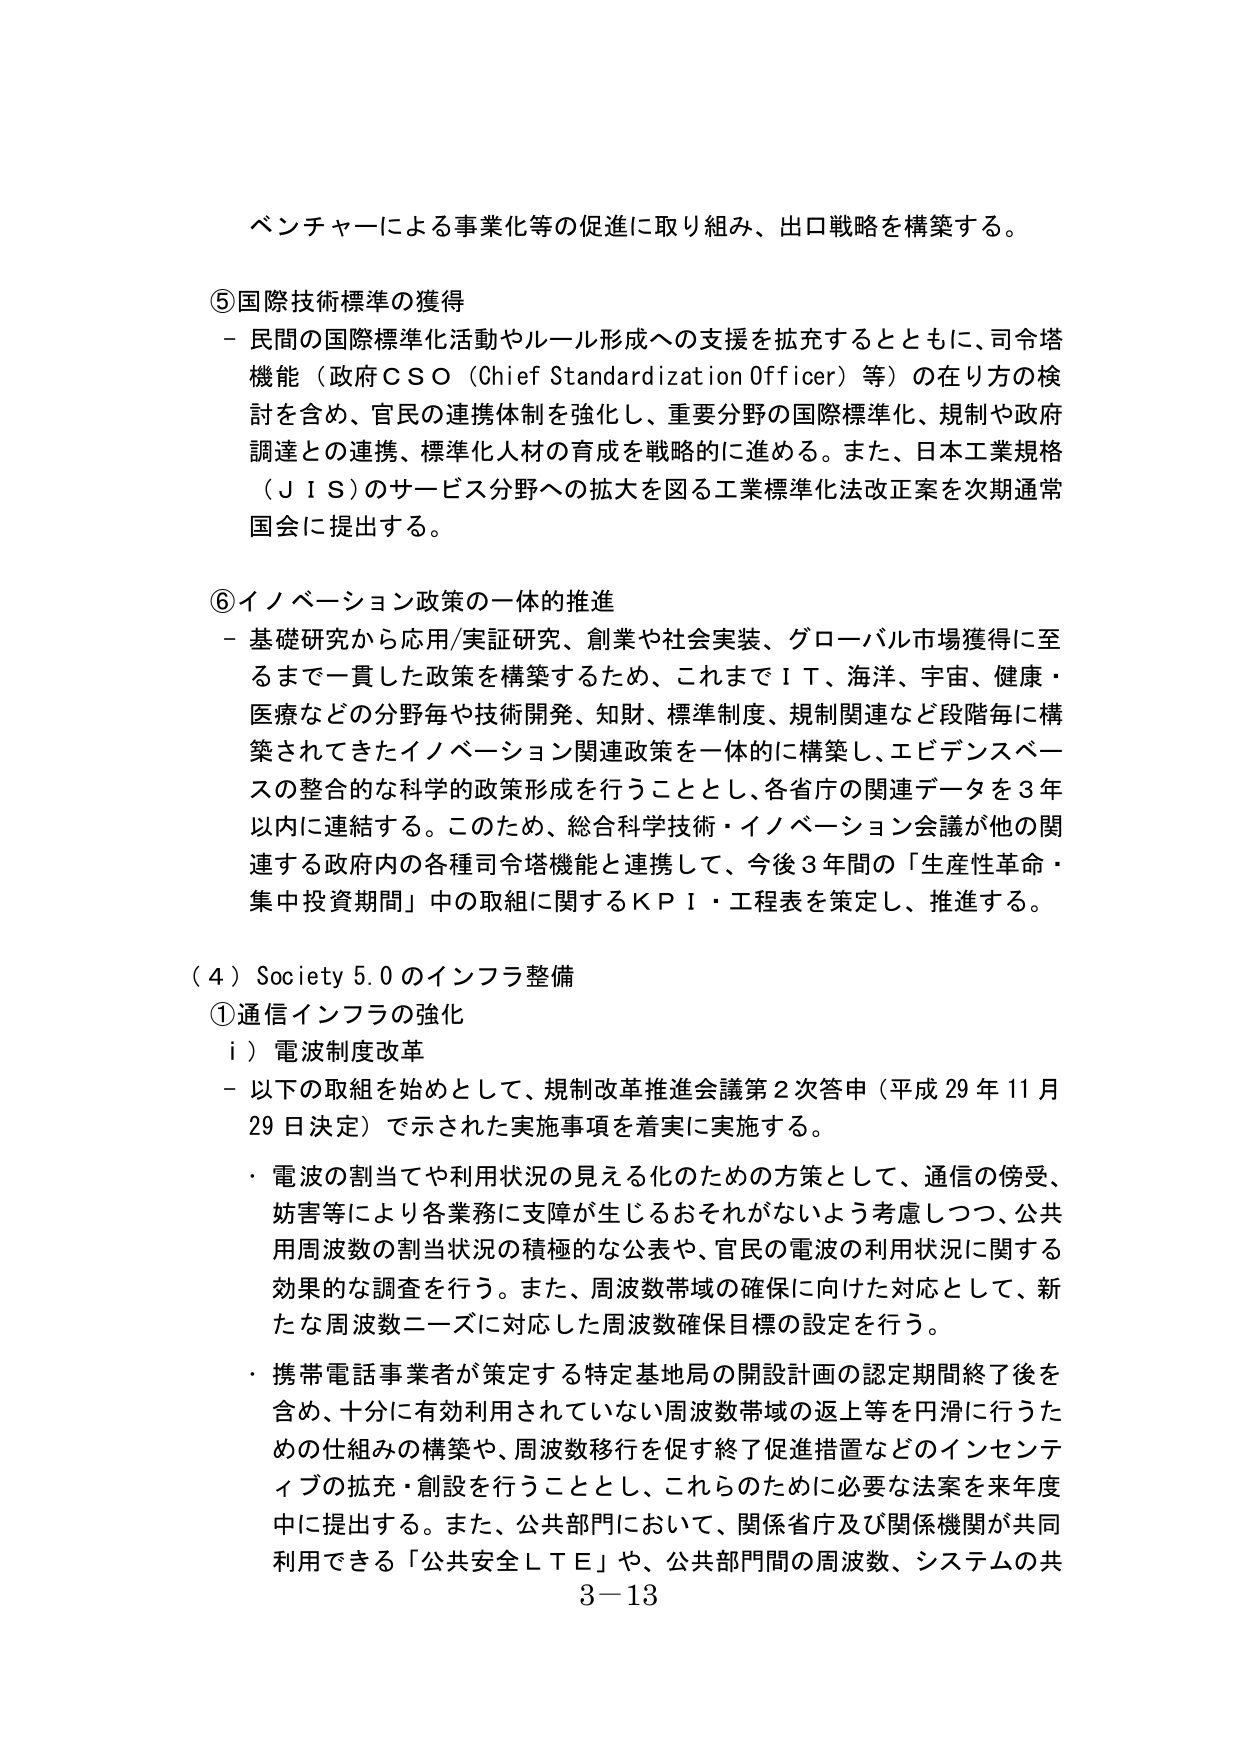
ベンチャーによる事業化等の促進に取り組み、出口戦略を構築する。

⑤国際技術標準の獲得
－ 民間の国際標準化活動やルール形成への支援を拡充するとともに、司令塔機能（政府ＣＳＯ（Chief Standardization Officer）等）の在り方の検討を含め、官民の連携体制を強化し、重要分野の国際標準化、規制や政府調達との連携、標準化人材の育成を戦略的に進める。また、日本工業規格（ＪＩＳ）のサービス分野への拡大を図る工業標準化法改正案を次期通常国会に提出する。

⑥イノベーション政策の一体的推進
－ 基礎研究から応用/実証研究、創業や社会実装、グローバル市場獲得に至るまで一貫した政策を構築するため、これまでＩＴ、海洋、宇宙、健康・医療などの分野毎や技術開発、知財、標準制度、規制関連など段階毎に構築されてきたイノベーション関連政策を一体的に構築し、エビデンスベースの整合的な科学的政策形成を行うこととし、各省庁の関連データを３年以内に連結する。このため、総合科学技術・イノベーション会議が他の関連する政府内の各種司令塔機能と連携して、今後３年間の「生産性革命・集中投資期間」中の取組に関するＫＰＩ・工程表を策定し、推進する。

（４）Society 5.0 のインフラ整備
①通信インフラの強化
　ｉ）電波制度改革
－ 以下の取組を始めとして、規制改革推進会議第２次答申（平成29年11月29日決定）で示された実施事項を着実に実施する。
・ 電波の割当てや利用状況の見える化のための方策として、通信の傍受、妨害等により各業務に支障が生じるおそれがないよう考慮しつつ、公共用周波数の割当状況の積極的な公表や、官民の電波の利用状況に関する効果的な調査を行う。また、周波数帯域の確保に向けた対応として、新たな周波数ニーズに対応した周波数確保目標の設定を行う。
・ 携帯電話事業者が策定する特定基地局の開設計画の認定期間終了後を含め、十分に有効利用されていない周波数帯域の返上等を円滑に行うための仕組みの構築や、周波数移行を促す終了促進措置などのインセンティブの拡充・創設を行うこととし、これらのために必要な法案を来年度中に提出する。また、公共部門において、関係省庁及び関係機関が共同利用できる「公共安全ＬＴＥ」や、公共部門間の周波数、システムの共
3－13